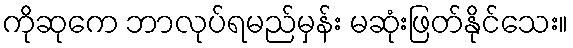
ကိုဆုကေ ဘာလုပ်ရမည်မှန်း မဆုံးဖြတ်နိုင်သေး။